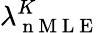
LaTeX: \lambda_{\mathrm{~n~M~L~E~}}^{K}